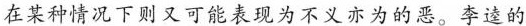
在某种情况下则又可能表现为不义亦为的恶。李逵的